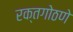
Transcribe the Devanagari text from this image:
रक्तगोठणे